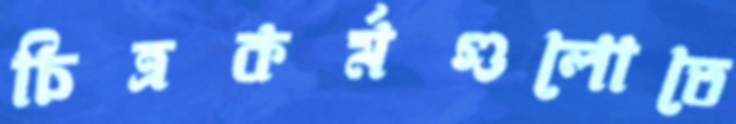
চিত্রকর্মগুলোতে